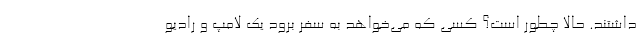
داشتند. حالا چطور است؟ کسی که می‌خواهد به سفر برود یک لامپ و رادیو